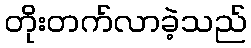
တိုးတက်လာခဲ့သည်